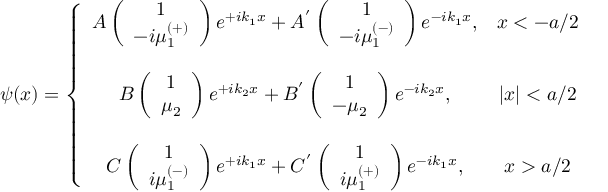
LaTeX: \psi ( x ) = \left\{ \begin{array} { c c } { { A \left( \begin{array} { c } { { 1 } } \\ { { - i \mu _ { 1 } ^ { \left( + \right) } } } \end{array} \right) e ^ { + i k _ { 1 } x } + A ^ { ^ { \prime } } \left( \begin{array} { c } { { 1 } } \\ { { - i \mu _ { 1 } ^ { \left( - \right) } } } \end{array} \right) e ^ { - i k _ { 1 } x } , } } & { { x < - a / 2 } } \\ { { } } & { { } } \\ { { B \left( \begin{array} { c } { { 1 } } \\ { { \mu _ { 2 } } } \end{array} \right) e ^ { + i k _ { 2 } x } + B ^ { ^ { \prime } } \left( \begin{array} { c } { { 1 } } \\ { { - \mu _ { 2 } } } \end{array} \right) e ^ { - i k _ { 2 } x } , } } & { { | x | < a / 2 } } \\ { { } } & { { } } \\ { { C \left( \begin{array} { c } { { 1 } } \\ { { i \mu _ { 1 } ^ { \left( - \right) } } } \end{array} \right) e ^ { + i k _ { 1 } x } + C ^ { ^ { \prime } } \left( \begin{array} { c } { { 1 } } \\ { { i \mu _ { 1 } ^ { \left( + \right) } } } \end{array} \right) e ^ { - i k _ { 1 } x } , } } & { { x > a / 2 } } \end{array} \right.